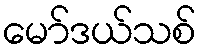
မော်ဒယ်သစ်